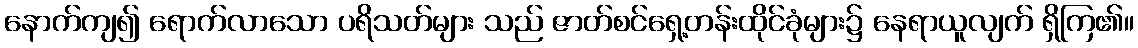
နောက်ကျ၍ ရောက်လာသော ပရိသတ်များ သည် ဇာတ်စင်ရှေ့တန်းထိုင်ခုံများ၌ နေရာယူလျက် ရှိကြ၏။